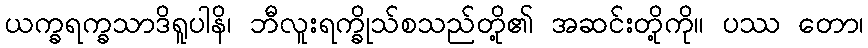
ယက္ခရက္ခသာဒိရူပါနိ၊ ဘီလူးရက္ခိုသ်စသည်တို့၏ အဆင်းတို့ကို။ ပဿ တော၊